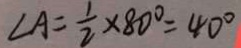
\angle A = \frac { 1 } { 2 } \times 8 0 ^ { \circ } = 4 0 ^ { \circ }